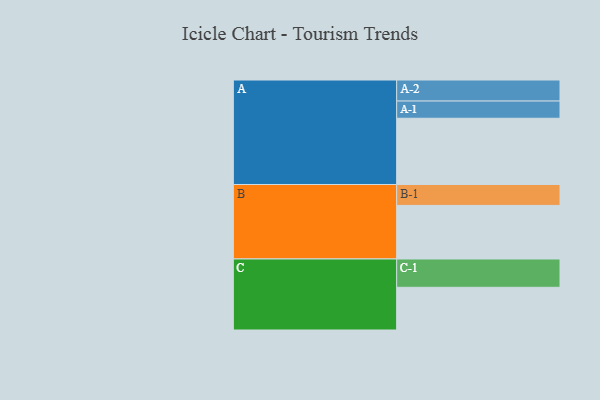
{"axis": {"x": "Segment", "y": "Value"}, "legend": ["", "A", "B", "C"], "data": [{"x": "A", "y": 554, "type": ""}, {"x": "B", "y": 448, "type": ""}, {"x": "C", "y": 357, "type": ""}, {"x": "A-1", "y": 144, "type": "A"}, {"x": "A-2", "y": 176, "type": "A"}, {"x": "B-1", "y": 175, "type": "B"}, {"x": "C-1", "y": 237, "type": "C"}]}